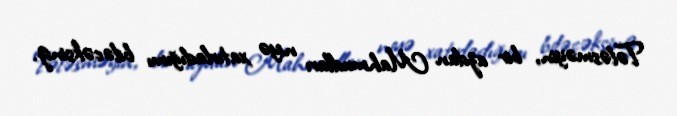
Tələsməyin, bir azdan Mahmudları niyə xatırladığımı biləcəksiniz.